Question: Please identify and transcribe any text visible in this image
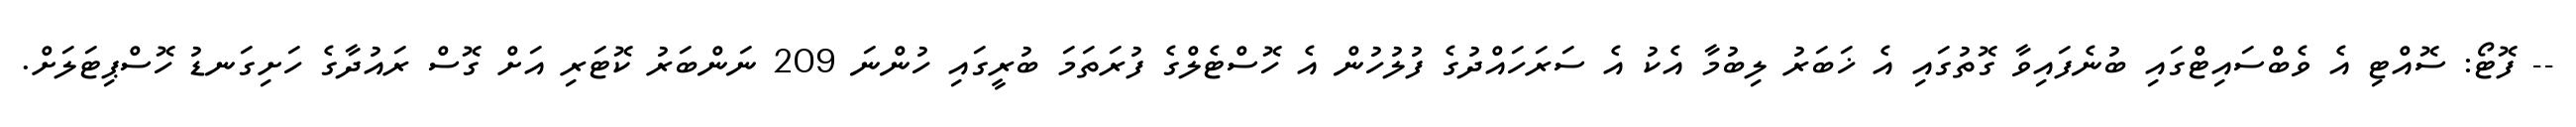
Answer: -- ފޮޓޯ: ސޮއްޓި އެ ވެބްސައިޓްގައި ބުނެފައިވާ ގޮތުގައި އެ ޚަބަރު ލިބުމާ އެކު އެ ސަރަހައްދުގެ ފުލުހުން އެ ހޮސްޓެލްގެ ފުރަތަމަ ބުރީގައި ހުންނަ 209 ނަންބަރު ކޮޓަރި އަށް ގޮސް ރައުދާގެ ހަށިގަނޑު ހޮސްޕިޓަލަށް.